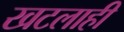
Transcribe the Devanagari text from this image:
खटलाही